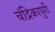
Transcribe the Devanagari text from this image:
चंद्रिकापुरी